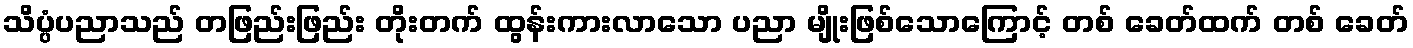
သိပ္ပံပညာသည် တဖြည်းဖြည်း တိုးတက် ထွန်းကားလာသော ပညာ မျိုးဖြစ်သောကြောင့် တစ် ခေတ်ထက် တစ် ခေတ်